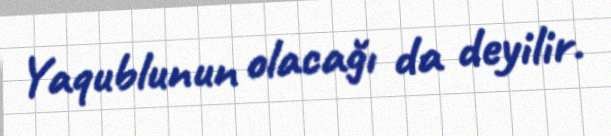
Yaqublunun olacağı da deyilir.